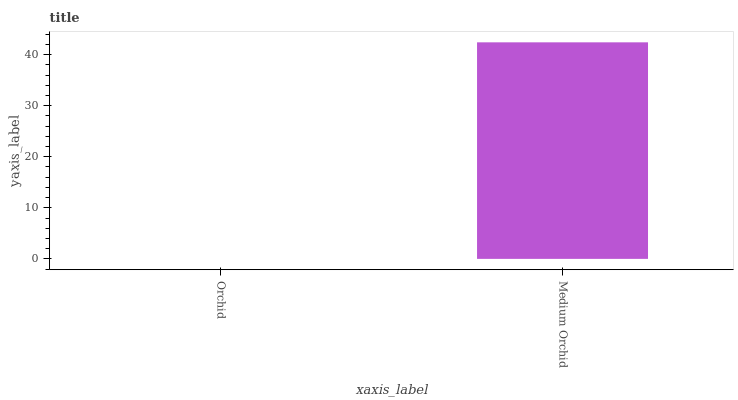
| xaxis_label | bars |
 | --- | --- |
 | Orchid | 0 |
 | Medium Orchid | 42.4 |